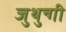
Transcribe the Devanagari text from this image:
जुथुन्गी